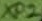
Text: XP2